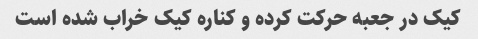
کیک در جعبه حرکت کرده و کناره کیک خراب شده است